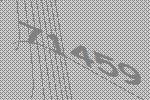
71459